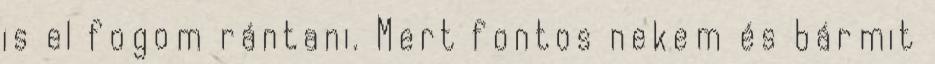
is el fogom rántani. Mert fontos nekem és bármit